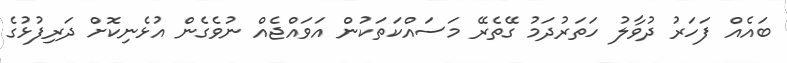
ބައެއް ފަހަރު ދުވާލު ހަތަރުދަމު ގޭތެރޭ މަސައްކަތަކުން އަވައްޖެއް ނުވެގެން އުޅެނިކޮށް ދަރިފުޅުގެ